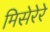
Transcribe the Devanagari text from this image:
मिसेरेरे